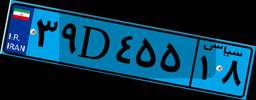
۰۱D۶۴۸۱۰